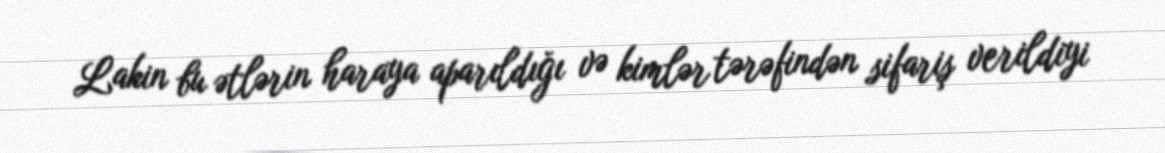
Lakin bu ətlərin haraya aparıldığı və kimlər tərəfindən sifariş verildiyi